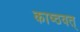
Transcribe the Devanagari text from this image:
काष्ठवत्